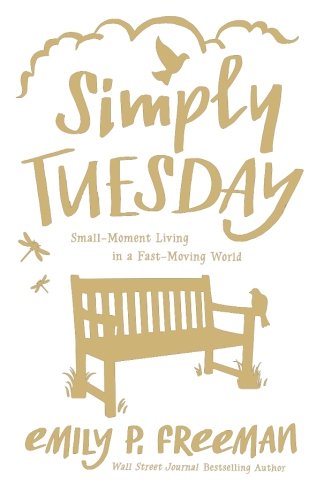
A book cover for Simply Tuesday: Small-Moment Living in a Fast-Moving World; Emily P. Freeman; Christian Books & Bibles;